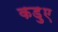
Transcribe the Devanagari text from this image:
कड़ुए